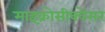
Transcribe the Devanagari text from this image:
माइक्रोसीक्वेंसर